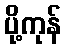
ပို့ကုန်